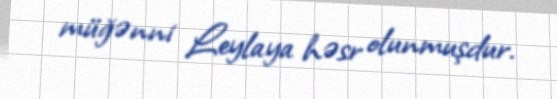
müğənni Leylaya həsr olunmuşdur.